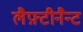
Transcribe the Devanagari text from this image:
लैफ़्टीनैन्ट